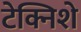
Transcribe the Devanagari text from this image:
टेक्निशे